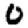
Digit: 0